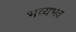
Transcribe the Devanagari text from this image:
भव्यभव